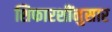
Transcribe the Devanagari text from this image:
शिफारशींनुसार